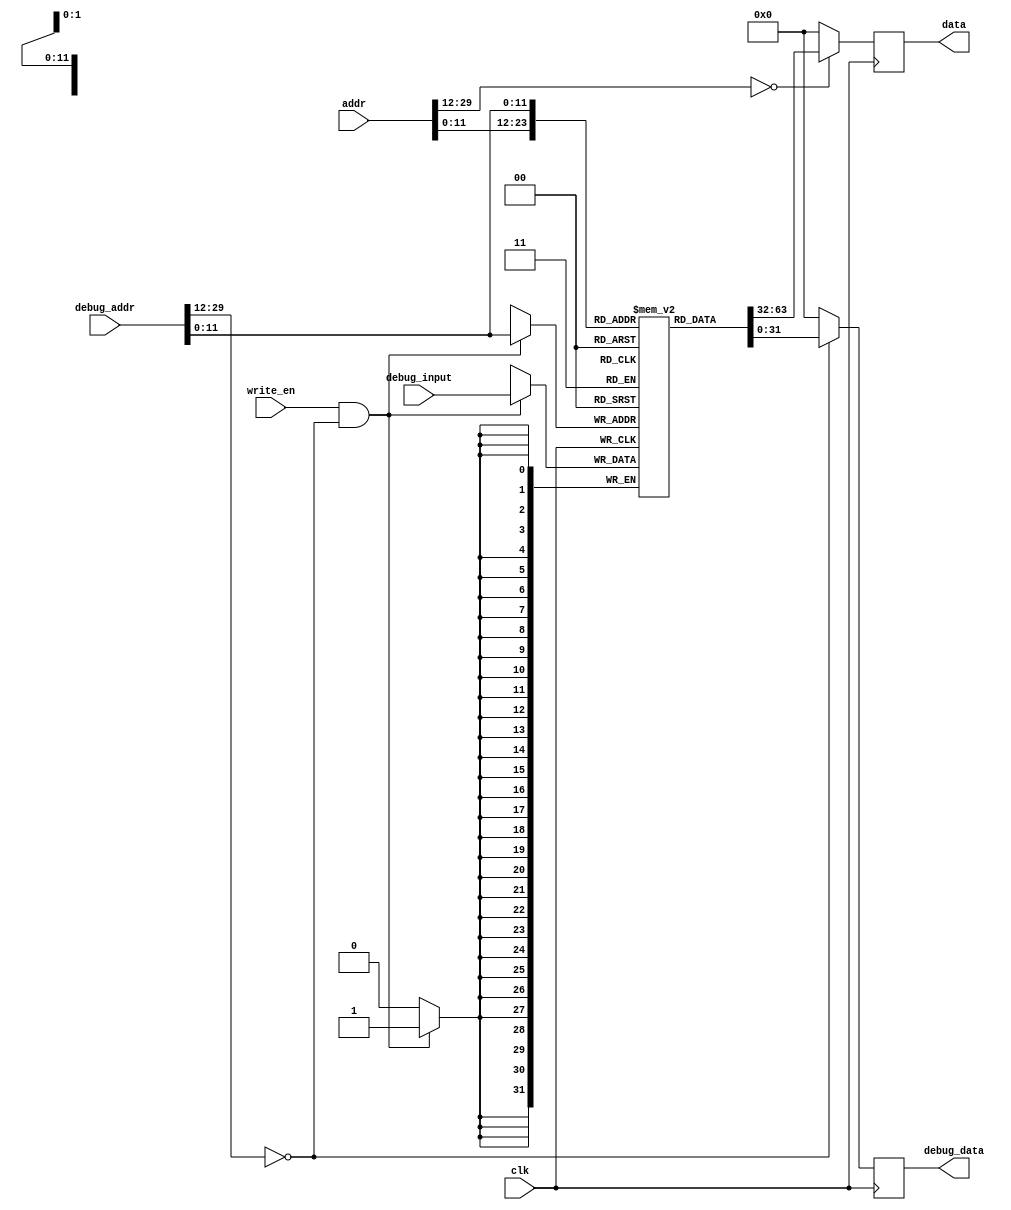
`timescale 1ns / 1ps
//  
    //  CacheCache
    //  debugsimulation
// 
    // clk               
    // write_en          debug
    // addr              
    // debug_addr        debug
    // debug_input       debug
// 
    // data              
    // debug_data        debug
//   
    // 

module InstructionCache(
    input wire clk,
    input wire write_en,
    input wire [31:2] addr, debug_addr,
    input wire [31:0] debug_input,
    output reg [31:0] data, debug_data
);

    // local variable
    wire addr_valid = (addr[31:14] == 18'h0);
    wire debug_addr_valid = (debug_addr[31:14] == 18'h0);
    wire [11:0] dealt_addr = addr[13:2];
    wire [11:0] dealt_debug_addr = debug_addr[13:2];
    // cache content
    reg [31:0] inst_cache[0:4095];


    initial begin
        data = 32'h0;
        debug_data = 32'h0;
        // you can add simulation instructions here
        inst_cache[0] = 32'h0;
        // ......
    end

    always@(posedge clk)
    begin
        data <= addr_valid ? inst_cache[dealt_addr] : 32'h0;
        debug_data <= debug_addr_valid ? inst_cache[dealt_debug_addr] : 32'h0;
        if(write_en & debug_addr_valid) 
            inst_cache[dealt_debug_addr] <= debug_input;
    end

endmodule